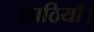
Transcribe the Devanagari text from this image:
लाठियाँ।